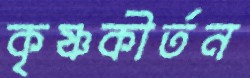
কৃষ্ণকীর্তন